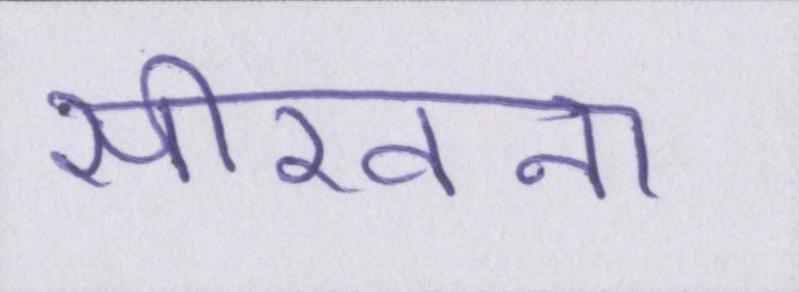
सीखना